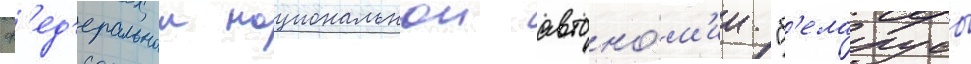
ф'ед'еральнои национальнои автоно́м'ии "б'еларусы